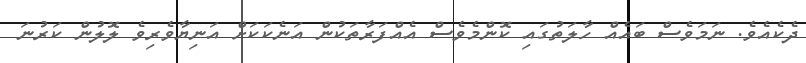
ދެކެއެވެ. ނަމަވެސް ބައެއް ހާލަތުގައި ކޮންމެވެސް އެއްފަރާތަކުން އަނެކަކަށް އަނިޔާވެރިވެ ލޮލުން ކަރުނަ